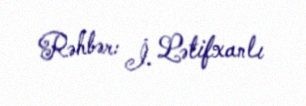
Rəhbər: İ. Lətifxanlı